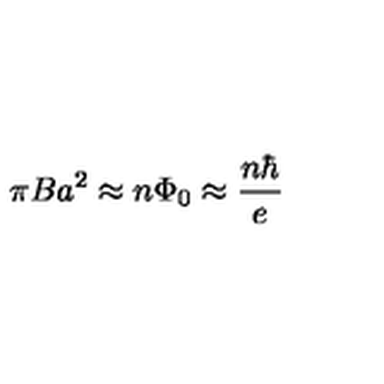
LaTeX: \pi B a ^ { 2 } \approx n \Phi _ { 0 } \approx \frac { n \hbar } { e }